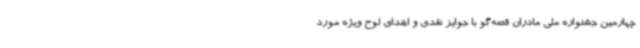
چهارمین جشنواره ملی مادران قصه‌گو با جوایز نقدی و اهدای لوح ویژه مورد